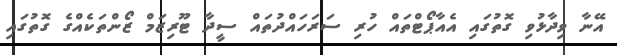
އޭނާ ވިދާޅުވި ގޮތުގައި އެއާޕޯޓްތައް ހުރި ސަރަހައްދުތައް ސީދާ ޓޫރިޒަމް ޒޯންތަކެއްގެ ގޮތުގައި